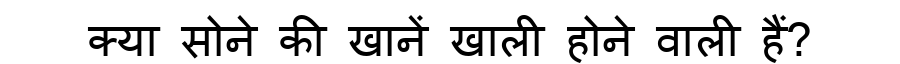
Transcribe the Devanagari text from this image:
क्या सोने की खानें खाली होने वाली हैं?